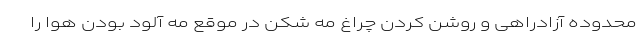
محدوده آزادراهی و روشن کردن چراغ مه شکن در موقع مه آلود بودن هوا را